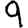
Digit: 9